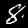
Digit: 8